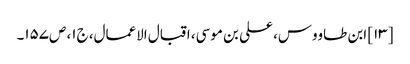
[۱۳] ابن طاووس، علی بن موسی، اقبال الاعمال، ج‌۱، ص‌۱۵۷۔